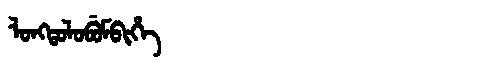
Manchu: ᠯᠣᠩᡨᠣᠯᠣᠪᡠᠮᠪᡳᡥᡝ
Romanization: LONGTOLOBUMBIHE